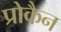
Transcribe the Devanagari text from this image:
प्रोकैन